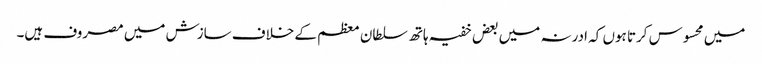
میں محسوس کرتا ہوں کہ ادرنہ میں بعض خفیہ ہاتھ سلطان معظم کے خلاف سازش میں مصروف ہیں۔